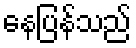
နေပြန်သည်